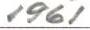
1961